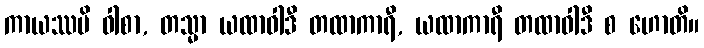
ကာယဿပိ ဝါစာ, တသ္မာ ယထာဝါဒီ တထာကာရီ, ယထာကာရီ တထာဝါဒီ စ ဟောတိ။